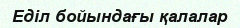
Еділ бойындағы қалалар